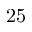
2 5